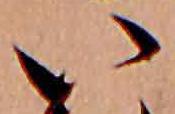
い